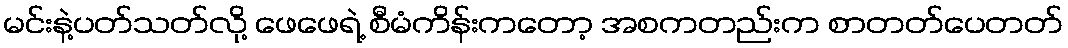
မင်းနဲ့ပတ်သတ်လို့ ဖေဖေရဲ့ စီမံကိန်းကတော့ အစကတည်းက စာတတ်ပေတတ်